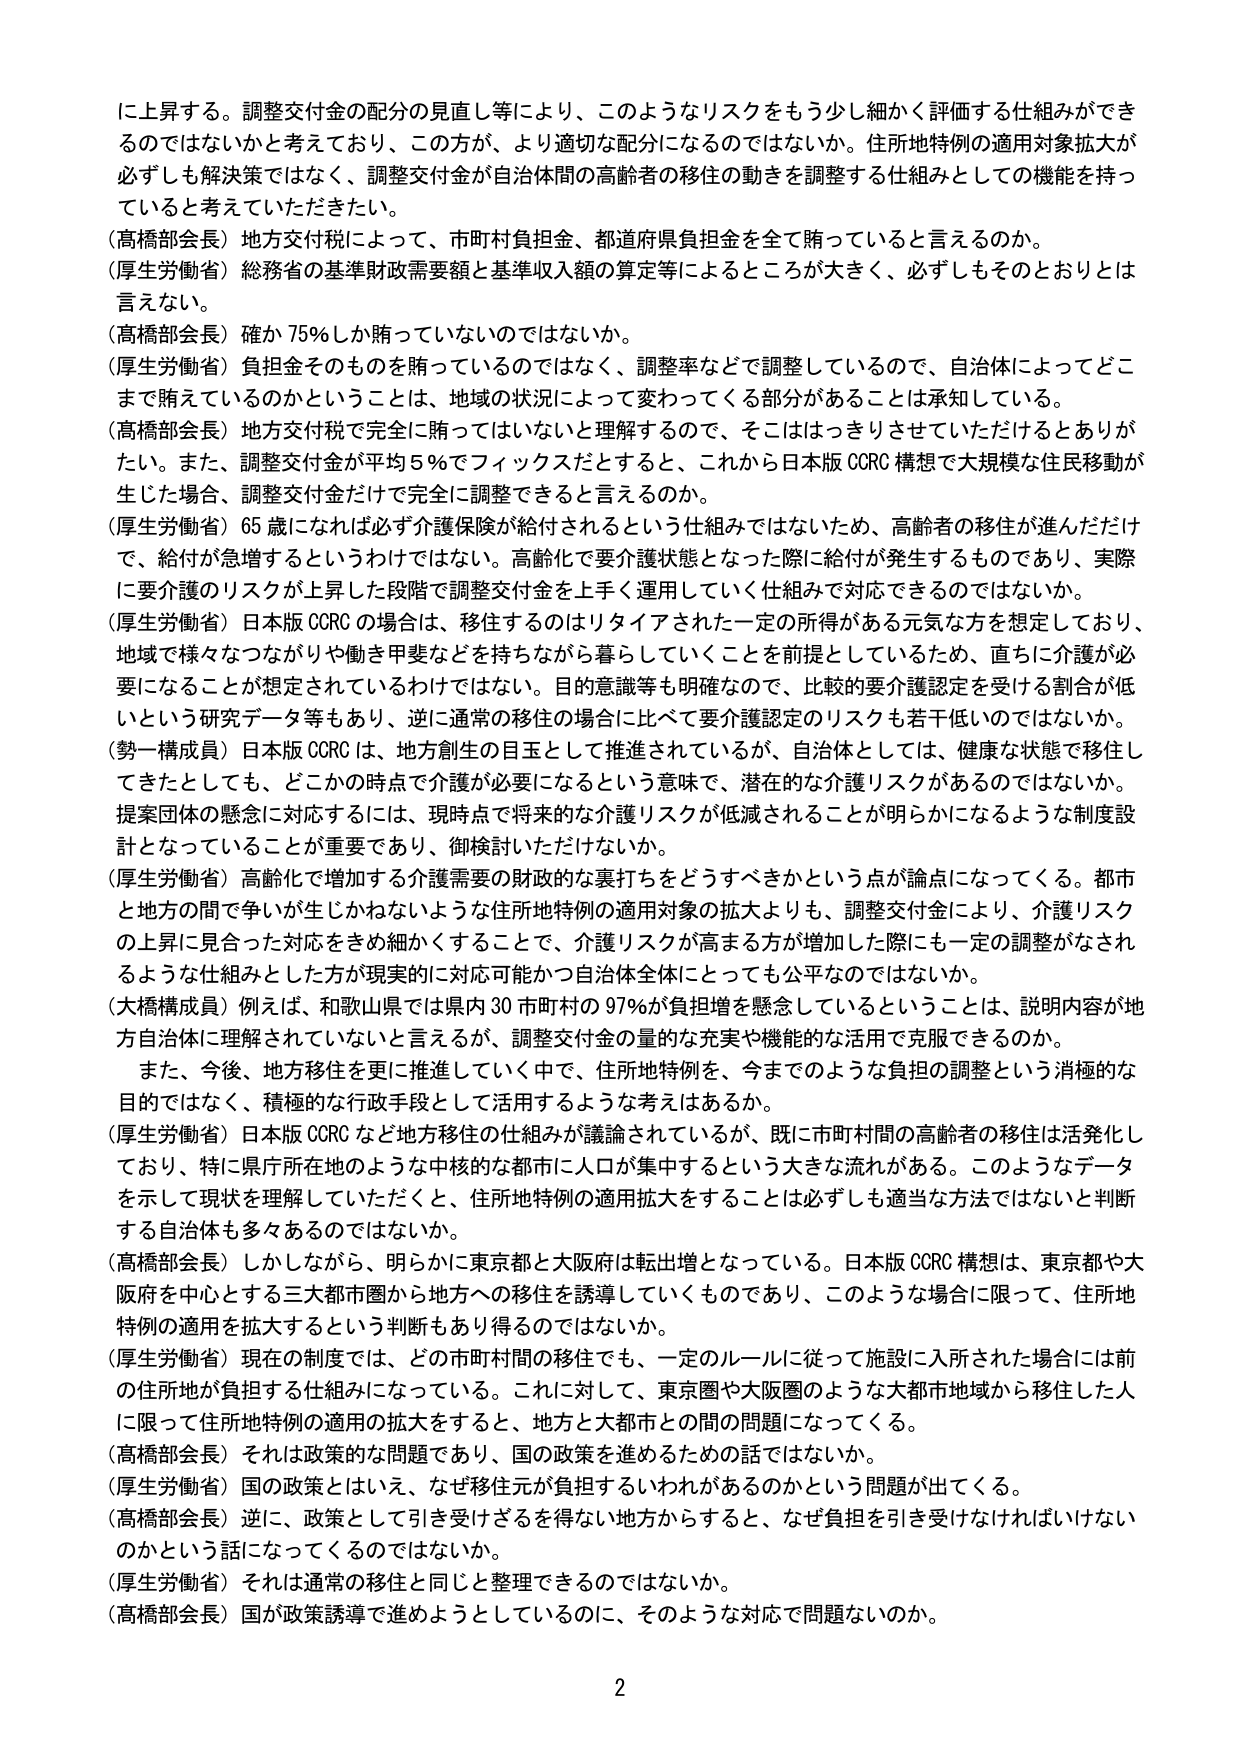
に上昇する。調整交付金の配分の見直し等により、このようなリスクをもう少し細かく評価する仕組みができるのではないかと考えており、この方が、より適切な配分になるのではないか。住所地特例の適用対象拡大が必ずしも解決策ではなく、調整交付金が自治体間の高齢者の移住の動きを調整する仕組みとしての機能を持っていると考えていただきたい。

（高橋部会長）地方交付税によって、市町村負担金、都道府県負担金を全て賄っていると言えるのか。

（厚生労働省）総務省の基準財政需要額と基準収入額の算定等によるところが大きく、必ずしもそのとおりとは言えない。

（高橋部会長）確か75％しか賄っていないのではないか。

（厚生労働省）負担金そのものを賄っているのではなく、調整率などで調整しているので、自治体によってどこまで賄えているのかということは、地域の状況によって変わってくる部分があることは承知している。

（高橋部会長）地方交付税で完全に賄ってはいないと理解するので、そこははっきりさせていただけるとありがたい。また、調整交付金が平均5％でフィックスだとすると、これから日本版CCRC構想で大規模な住民移動が生じた場合、調整交付金だけで完全に調整できると言えるのか。

（厚生労働省）65歳になれば必ず介護保険が給付されるという仕組みではないため、高齢者の移住が進んだだけで、給付が急増するというわけではない。高齢化で要介護状態となった際に給付が発生するものであり、実際に要介護のリスクが上昇した段階で調整交付金を上手く運用していく仕組みで対応できるのではないか。

（厚生労働省）日本版CCRCの場合は、移住するのはリタイアされた一定の所得がある元気な方を想定しており、地域で様々なつながりや働き甲斐などを持ちながら暮らしていくことを前提としているため、直ちに介護が必要になることが想定されているわけではない。目的意識等も明確なので、比較的要介護認定を受ける割合が低いという研究データ等もあり、逆に通常の移住の場合に比べて要介護認定のリスクも若干低いのではないか。

（勢一構成員）日本版CCRCは、地方創生の目玉として推進されているが、自治体としては、健康な状態で移住してきたとしても、どこかの時点で介護が必要になるという意味で、潜在的な介護リスクがあるのではないか。提案団体の懸念に対応するには、現時点で将来的な介護リスクが低減されることが明らかになるような制度設計となっていることが重要であり、御検討いただけないか。

（厚生労働省）高齢化で増加する介護需要の財政的な裏打ちをどうすべきかという点が論点になってくる。都市と地方の間で争いが生じかねないような住所地特例の適用対象の拡大よりも、調整交付金により、介護リスクの上昇に見合った対応をきめ細かくすることで、介護リスクが高まる方が増加した際にも一定の調整がなされるような仕組みとした方が現実的に対応可能かつ自治体全体にとっても公平なのではないか。

（大橋構成員）例えば、和歌山県では県内30市町村の97％が負担増を懸念しているということは、説明内容が地方自治体に理解されていないと言えるが、調整交付金の量的な充実や機能的な活用で克服できるのか。

また、今後、地方移住を更に推進していく中で、住所地特例を、今までのような負担の調整という消極的な目的ではなく、積極的な行政手段として活用するような考えはあるか。

（厚生労働省）日本版CCRCなど地方移住の仕組みが議論されているが、既に市町村間の高齢者の移住は活発化しており、特に県庁所在地のような中核的な都市に人口が集中するという大きな流れがある。このようなデータを示して現状を理解していただくと、住所地特例の適用拡大をすることは必ずしも適当な方法ではないと判断する自治体も多くあるのではないか。

（高橋部会長）しかしながら、明らかに東京都と大阪府は転出増となっている。日本版CCRC構想は、東京都や大阪府を中心とする三大都市圏から地方への移住を誘導していくものであり、このような場合に限って、住所地特例の適用を拡大するという判断もあり得るのではないか。

（厚生労働省）現在の制度では、どの市町村間の移住でも、一定のルールに従って施設に入所された場合には前の住所地が負担する仕組みになっている。これに対して、東京圏や大阪圏のような大都市地域から移住した人に限って住所地特例の適用の拡大をすると、地方と大都市との間の問題になってくる。

（高橋部会長）それは政策的な問題であり、国の政策を進めるための話ではないか。

（厚生労働省）国の政策とはいえ、なぜ移住元が負担するいわればあるのかという問題が出てくる。

（高橋部会長）逆に、政策として引き受けざるを得ない地方からすると、なぜ負担を引き受けなければならないのかという話になってくるのではないか。

（厚生労働省）それは通常の移住と同じと整理できるのではないか。

（高橋部会長）国が政策誘導で進めるようにしているのに、そのような対応で問題ないのか。

2